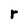
Character: r